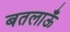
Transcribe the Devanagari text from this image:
बतलाऊँ